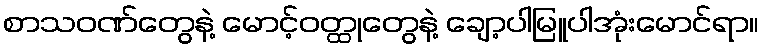
စာသဝဏ်တွေနဲ့ မောင့်ဝတ္ထုတွေနဲ့ ချော့ပါမြူပါအုံးမောင်ရာ။